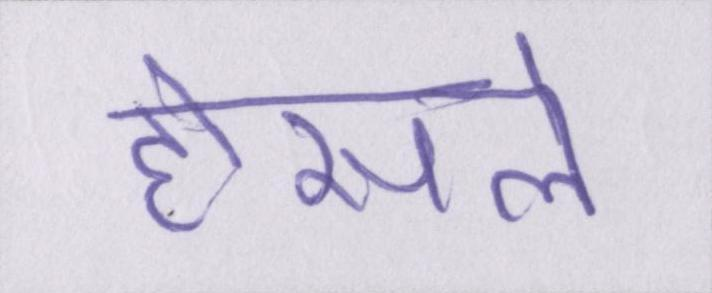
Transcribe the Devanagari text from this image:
हौसले